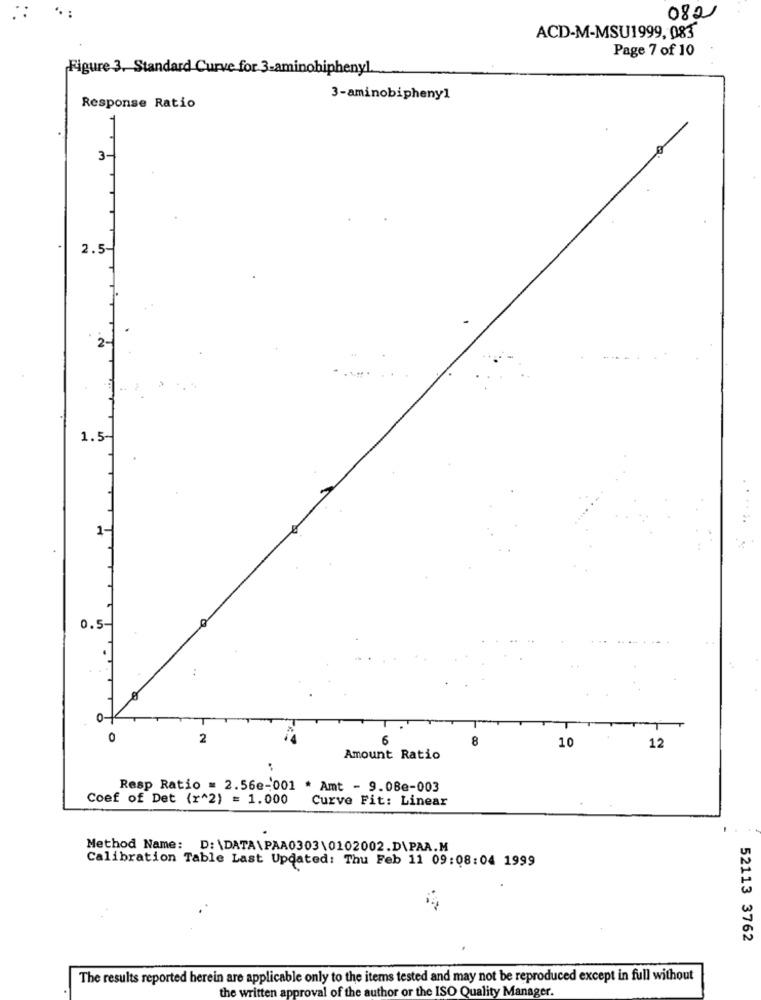
.. :
082
ACD-M-MSU1999, 083
Page 7 of 10
Figure 3. Standard Curve for 3-aminobiphenyl
3-aminobipheny1
Response Ratio
3-
2.5
1.5
1-
0.5
..
0
2
10
12
Amount Ratio
Resp Ratio = 2.56e-001 * Amt - 9.08e-003
Coef of Det (r^2) = 1.000
Curve Fit: Linear
Method Name: D:\DATA\PAA0303\0102002.D\PAA.M
Calibration Table Last Updated: Thu Feb 11 09:08:04 1999
52113 3762
The results reported herein are applicable only to the items tested and may not be reproduced except in full without
the written approval of the author or the ISO Quality Manager.